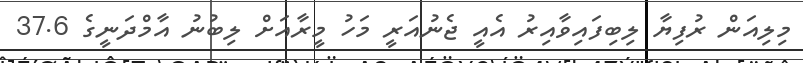
މިލިއަން ރުފިޔާ ލިބިފައިވާއިރު އެއީ ޖެނުއަރީ މަހު މީރާއަށް ލިބުނު އާމްދަނީގެ 37.6